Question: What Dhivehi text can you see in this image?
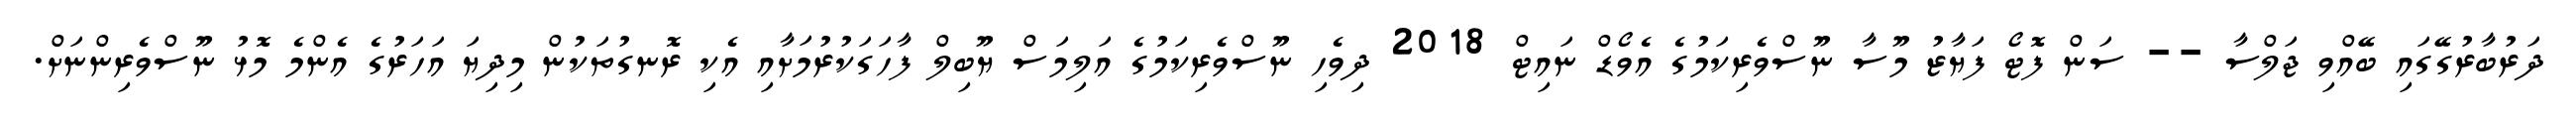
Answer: ދަރުބާރުގޭގައި ބޭއްވި ޖަލްސާ -- ސަން ފޮޓޯ ފަޔާޒު މޫސާ ނޫސްވެރިކަމުގެ އެވޯޑް ނައިޓް 2018 ދިވެހި ނޫސްވެރިކަމުގެ އަލިމަސް ޔޫބިލް ފާހަގަކުރުމަށާއި އެކި ރޮނގުތަކުން މިދިޔަ އަހަރުގެ އެންމެ މޮޅު ނޫސްވެރިންނަށް.